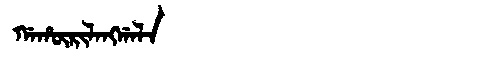
Manchu: ᡤᠠᡥᡡᡵᡳᠯᠠᠩᡤᠠᠯᠠ
Romanization: GAHŪRILANGGALA